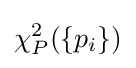
\chi _{P}^{2}(\{p_{i}\})